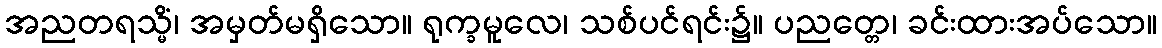
အညတရသ္မိံ၊ အမှတ်မရှိသော။ ရုက္ခမူလေ၊ သစ်ပင်ရင်း၌။ ပညတ္တေ၊ ခင်းထားအပ်သော။